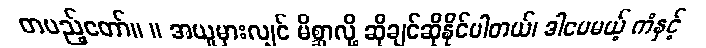
တပည့်တော်။ ။ အယူမှားလျှင် မိစ္ဆာလို့ ဆိုချင်ဆိုနိုင်ပါတယ်၊ ဒါပေမယ့် ကံနှင့်